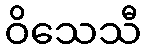
ဝိသေသီ